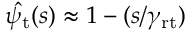
\hat { \psi _ { \mathrm { t } } } ( s ) \approx 1 - ( s / \gamma _ { \mathrm { r t } } )